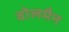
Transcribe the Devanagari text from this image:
वोलमैन